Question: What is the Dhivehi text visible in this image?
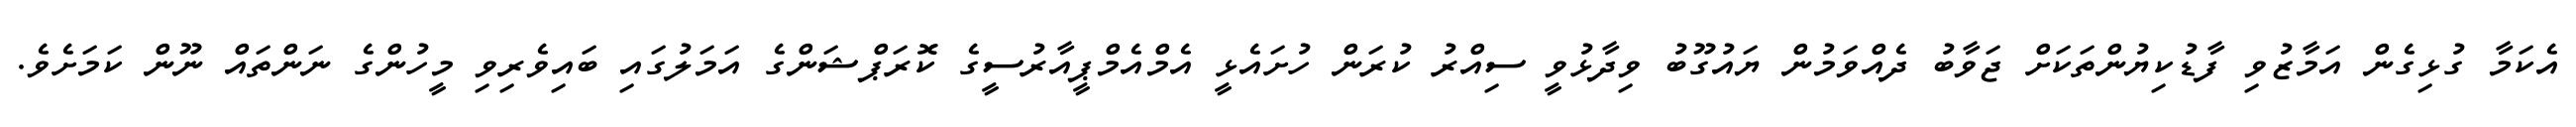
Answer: އެކަމާ ގުޅިގެން އަމާޒުވި ފާޑުކިޔުންތަކަށް ޖަވާބު ދެއްވަމުން ޔައުގޫބު ވިދާޅުވީ ސިއްރު ކުރަން ހުށައެޅީ އެމްއެމްޕީއާރުސީގެ ކޮރަޕްޝަންގެ އަމަލުގައި ބައިވެރިވި މީހުންގެ ނަންތައް ނޫން ކަމަށެވެ.